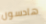
هادسون